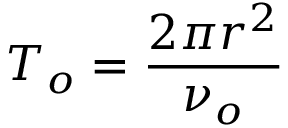
T _ { o } = \frac { 2 \pi r ^ { 2 } } { \nu _ { o } }